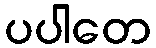
ပပါတေ